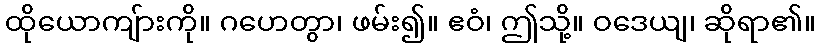
ထိုယောကျ်ားကို။ ဂဟေတွာ၊ ဖမ်း၍။ ဧဝံ၊ ဤသို့။ ဝဒေယျ၊ ဆိုရာ၏။